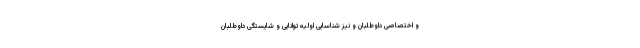
و اختصاصی داوطلبان و نیز شناسایی اولیه توانایی و شایستگی داوطلبان